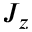
J _ { z }